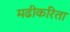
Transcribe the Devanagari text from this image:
मढीकरिता